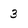
Character: 3